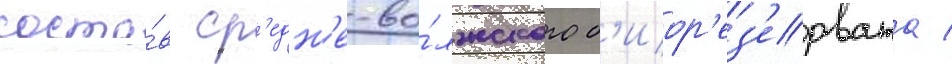
соста́в ср'едн'е-во́лжского б'иор'ез'ервата /